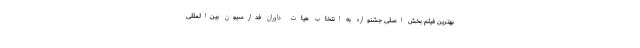
بهترین فیلم بخش اصلی جشنواره به انتخاب هیات داوران فدارسیون بین‌المللی